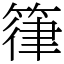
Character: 箻